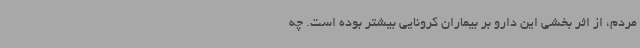
مردم، از اثر بخشی این دارو بر بیماران کرونایی بیشتر بوده است. چه